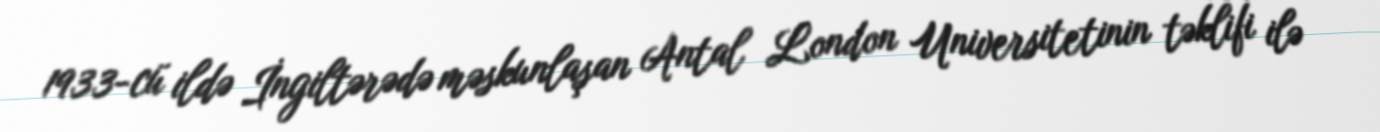
1933-cü ildə İngiltərədə məskunlaşan Antal London Universitetinin təklifi ilə